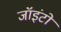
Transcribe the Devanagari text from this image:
जॉइंटो